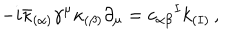
LaTeX: - i \bar { \kappa } _ { ( \alpha ) } \gamma ^ { \mu } \kappa _ { ( \beta ) } \partial _ { \mu } = c _ { \alpha \beta } { } ^ { I } k _ { ( I ) } \, ,